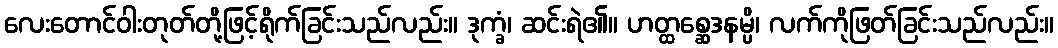
လေးတောင်ဝါးတုတ်တို့ဖြင့်ရိုက်ခြင်းသည်လည်း။ ဒုက္ခံ၊ ဆင်းရဲ၏။ ဟတ္ထစ္ဆေဒနမ္ပိ၊ လက်ကိုဖြတ်ခြင်းသည်လည်း။